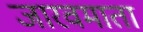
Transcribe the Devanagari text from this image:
जारवमाता